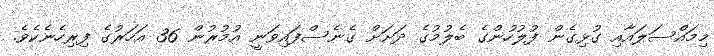
މިމައްސަލައާއި ގުޅިގެން ފުލުހުންގެ ބެލުމުގެ ދަށަށް ގެނެސްފައިވަނީ އުމުރުން 36 އަހަރުގެ ފިރިހެނެކެވެ.